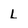
Character: L